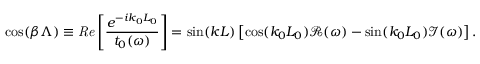
\cos ( { \beta \Lambda } ) \equiv { \it R e } \left[ \frac { e ^ { - i k _ { 0 } L _ { 0 } } } { t _ { 0 } ( \omega ) } \right] = \sin ( k L ) \left[ \cos ( k _ { 0 } L _ { 0 } ) \mathcal { R } ( \omega ) - \sin ( k _ { 0 } L _ { 0 } ) \mathcal { I } ( \omega ) \right] .